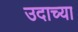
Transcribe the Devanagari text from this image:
उदाच्या